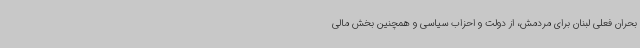
بحران فعلی لبنان برای مردمش، از دولت و احزاب سیاسی و همچنین بخش مالی